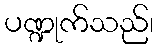
ပဏ္ဍုက်သည်၊